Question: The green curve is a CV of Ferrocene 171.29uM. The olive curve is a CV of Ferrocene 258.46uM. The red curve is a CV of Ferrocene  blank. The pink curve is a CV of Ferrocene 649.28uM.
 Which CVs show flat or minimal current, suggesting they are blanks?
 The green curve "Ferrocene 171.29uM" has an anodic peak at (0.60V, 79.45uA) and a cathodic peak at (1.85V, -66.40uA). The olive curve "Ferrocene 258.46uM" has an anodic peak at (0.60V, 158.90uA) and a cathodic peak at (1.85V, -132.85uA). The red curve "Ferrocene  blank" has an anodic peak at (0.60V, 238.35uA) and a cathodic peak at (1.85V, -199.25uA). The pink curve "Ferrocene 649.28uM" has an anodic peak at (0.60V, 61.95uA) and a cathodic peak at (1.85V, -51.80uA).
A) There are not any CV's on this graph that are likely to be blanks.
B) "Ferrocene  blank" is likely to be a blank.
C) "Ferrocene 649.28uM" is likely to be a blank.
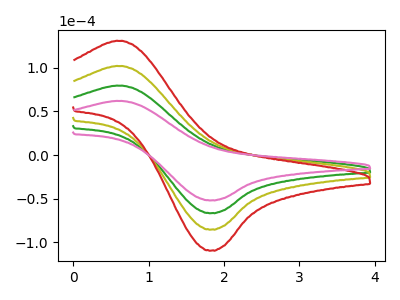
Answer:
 <answer>A) There are not any CV's on this graph that are likely to be blanks.</answer>
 <eval>A</eval>